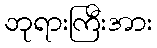
ဘုရားကြီးအား